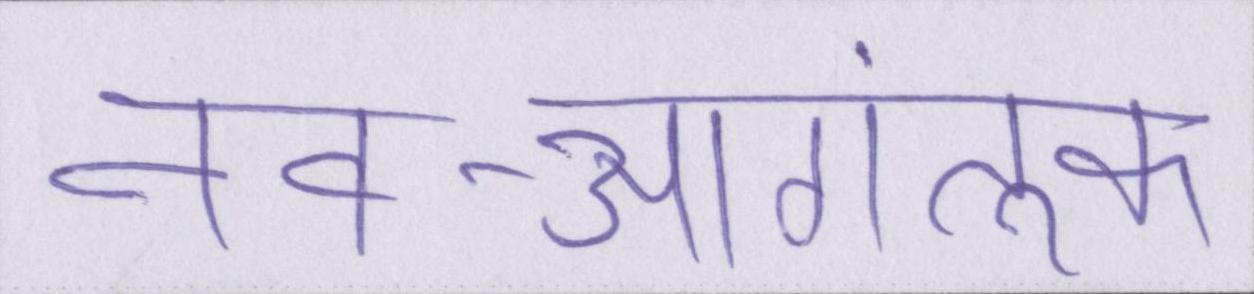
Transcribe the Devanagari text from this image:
नव-आगंतुक